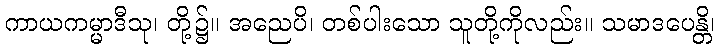
ကာယကမ္မာဒီသု၊ တို့၌။ အညေပိ၊ တစ်ပါးသော သူတို့ကိုလည်း။ သမာဒပေန္တိ၊